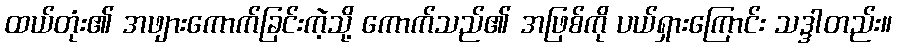
ထယ်တုံး၏ အဖျားကောက်ခြင်းကဲ့သို့ ကောက်သည်၏ အဖြစ်ကို ပယ်ရှားကြောင်း သဒ္ဒါတည်း။